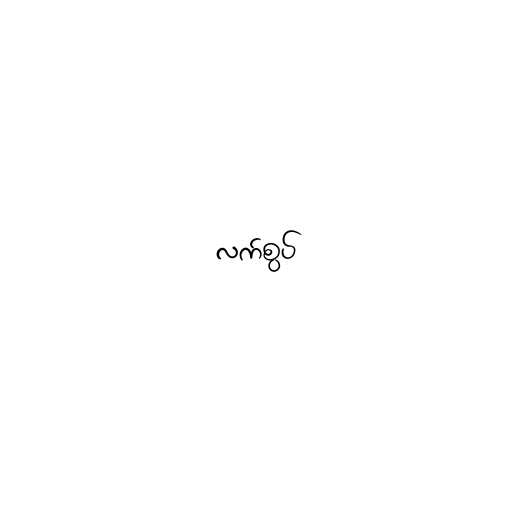
လက်စွပ်